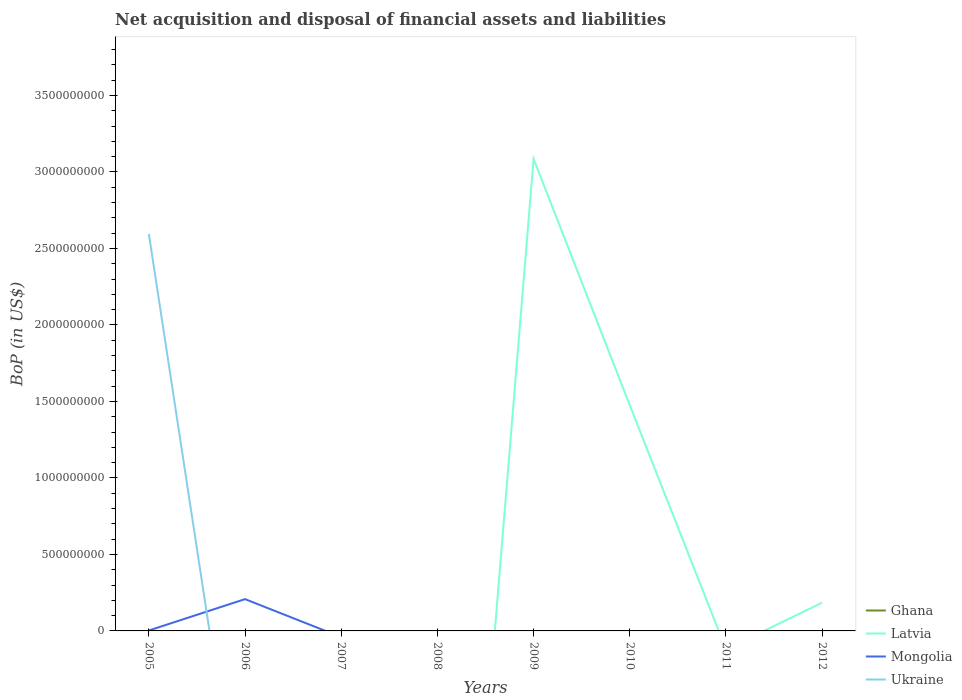
| Years | Ghana | Latvia | Mongolia | Ukraine |
 | --- | --- | --- | --- | --- |
 | 2005 | -7.7e+08 | -2.07e+09 | 2.91e+06 | 2.6e+09 |
 | 2006 | -5.75e+08 | -4.15e+09 | 2.08e+08 | -1.52e+09 |
 | 2007 | -2.23e+09 | -6.07e+09 | -4.05e+07 | -5.71e+09 |
 | 2008 | -3.24e+09 | -4.57e+09 | -1.38e+09 | -1.22e+10 |
 | 2009 | -2.67e+09 | 3.09e+09 | -5.28e+07 | -7.94e+08 |
 | 2010 | -3.13e+09 | 1.47e+09 | -7.18e+08 | -1.48e+09 |
 | 2011 | -3.75e+09 | -1.2e+08 | -2.72e+09 | -9.16e+09 |
 | 2012 | -4.54e+09 | 1.84e+08 | -3.44e+09 | -1.29e+10 |